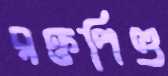
রক্তপিণ্ড